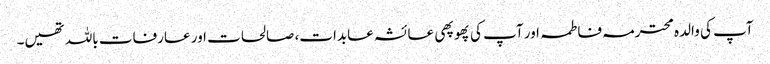
آپ کی والدہ محترمہ فاطمہ اور آپ کی پھوپھی عائشہ عابدات، صالحات اور عارفات باللہ تھیں۔